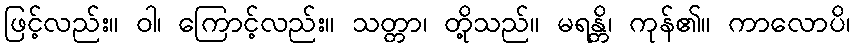
ဖြင့်လည်း။ ဝါ၊ ကြောင့်လည်း။ သတ္တာ၊ တို့သည်။ မရန္တိ၊ ကုန်၏။ ကာလောပိ၊